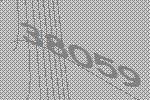
38059